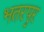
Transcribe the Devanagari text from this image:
भतरपुर